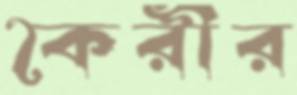
কৈরীর